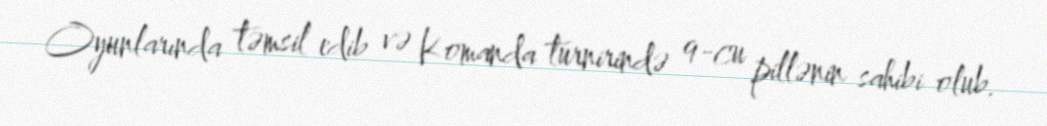
Oyunlarında təmsil edib və Komanda turnirində 9-cu pillənin sahibi olub.